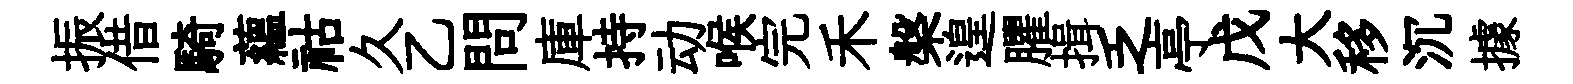
振借騎藴祜久乙問庫持动喉完禾槃遑臞揖乏亭戊大移沉據